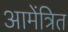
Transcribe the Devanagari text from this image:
आमेंत्रित